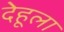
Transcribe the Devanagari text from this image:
देहूला